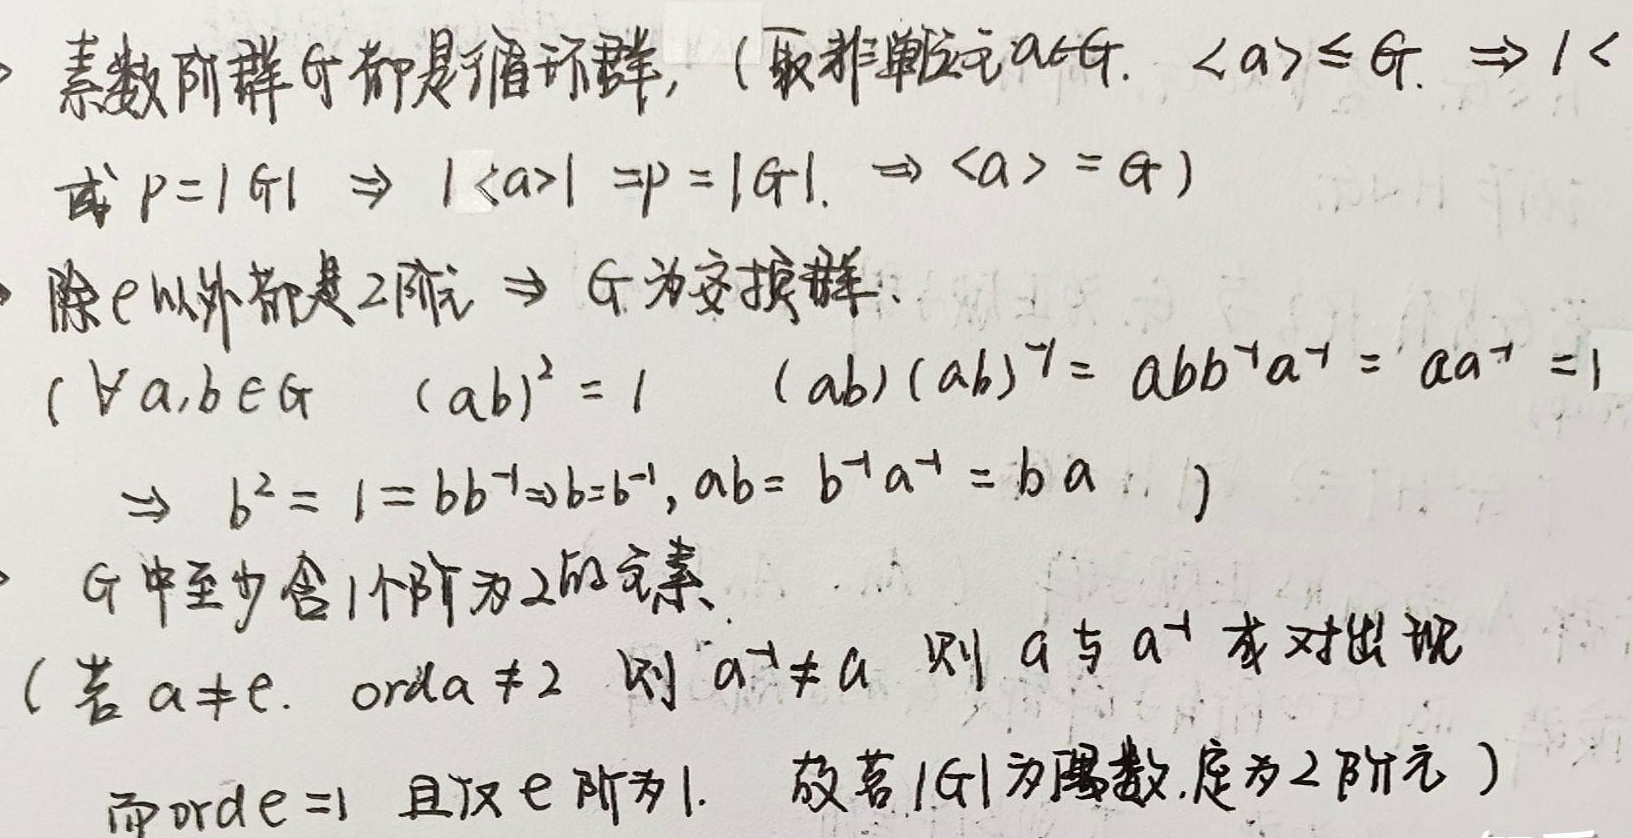
- 素数阶群 \(G\) 都是循环群。（取非单位元 \(a\in G\)，\(\langle a\rangle\leq G\)，\(\Rightarrow 1\lt|\langle a\rangle|\) 或 \(p = |G|\Rightarrow|\langle a\rangle| = p=|G|\)，\(\Rightarrow\langle a\rangle = G\)）
- 除 \(e\) 以外都是 \(2\) 阶元 \(\Rightarrow G\) 为交换群：（\(\forall a,b\in G\)，\((ab)^{2} = 1\)，\((ab)(ab)^{-1}= abb^{-1}a^{-1}= aa^{-1}=1\)，\(\Rightarrow b^{2}=1 = bb^{-1}\Rightarrow b = b^{-1}\)，\(ab = b^{-1}a^{-1}= ba\)）
- \(G\) 中至少含 \(1\) 个阶为 \(2\) 的元素。（若 \(a\neq e\)，\(\text{ord}a\neq2\)，则 \(a^{-1}\neq a\)，则 \(a\) 与 \(a^{-1}\) 成对出现，而 \(\text{ord}e = 1\) 且仅 \(e\) 阶为 \(1\)。故若 \(|G|\) 为偶数，定为 \(2\) 阶元 ）